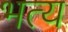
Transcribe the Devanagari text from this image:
भत्य